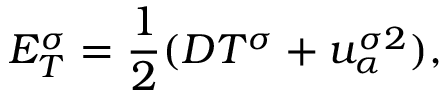
E _ { T } ^ { \sigma } = \frac { 1 } { 2 } ( D T ^ { \sigma } + u _ { \alpha } ^ { \sigma 2 } ) ,